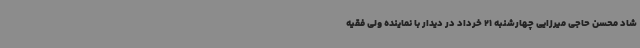
شاد محسن حاجی‌ میرزایی چهارشنبه 21 خرداد در دیدار با نماینده ولی فقیه